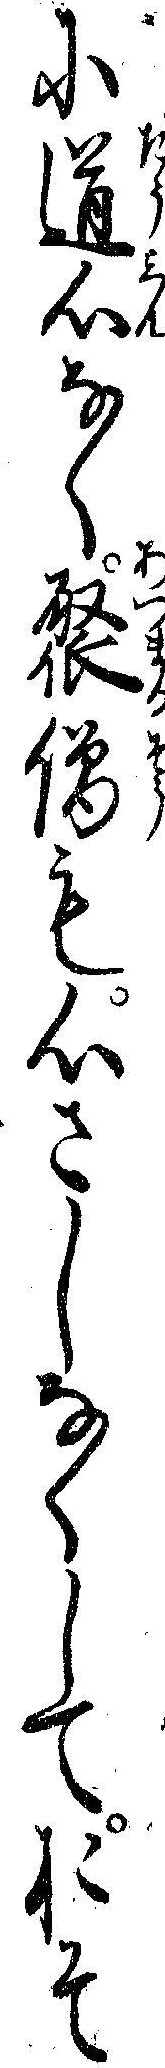
に道心なく聚僧も心さしなくしておそ